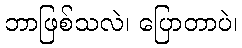
ဘာဖြစ်သလဲ၊ ပြောတာပဲ၊